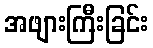
အဖျားကြီးခြင်း